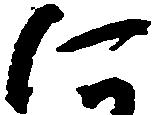
に